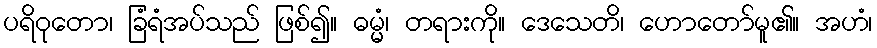
ပရိဝုတော၊ ခြံရံအပ်သည် ဖြစ်၍။ ဓမ္မံ၊ တရားကို။ ဒေသေတိ၊ ဟောတော်မူ၏။ အဟံ၊